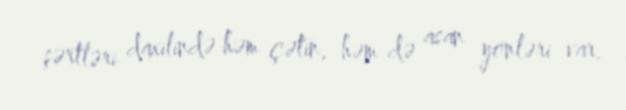
şərtləri daxilində həm çətin, həm də asan yönləri var.